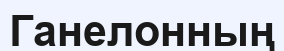
Ганелонның